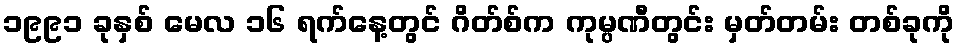
၁၉၉၁ ခုနှစ် မေလ ၁၆ ရက်နေ့တွင် ဂိတ်စ်က ကုမ္ပဏီတွင်း မှတ်တမ်း တစ်ခုကို